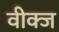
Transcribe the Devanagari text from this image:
वीक्ज